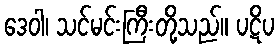
ဒေဝါ၊ သင်မင်းကြီးတို့သည်။ ပဋိပ